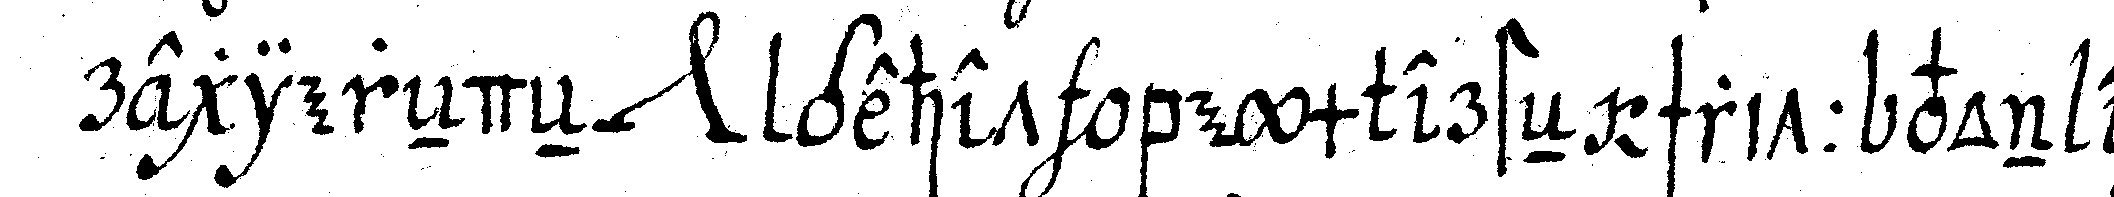
regiereNdeN *nee* gehet beym ersteN schritt von ei